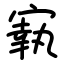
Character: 㝪